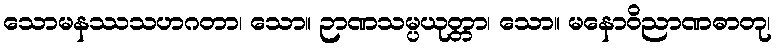
သောမနဿသဟဂတာ၊ သော။ ဉာဏသမ္ပယုတ္တာ၊ သော။ မနောဝိညာဏဓာတု၊